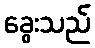
ခွေးသည်